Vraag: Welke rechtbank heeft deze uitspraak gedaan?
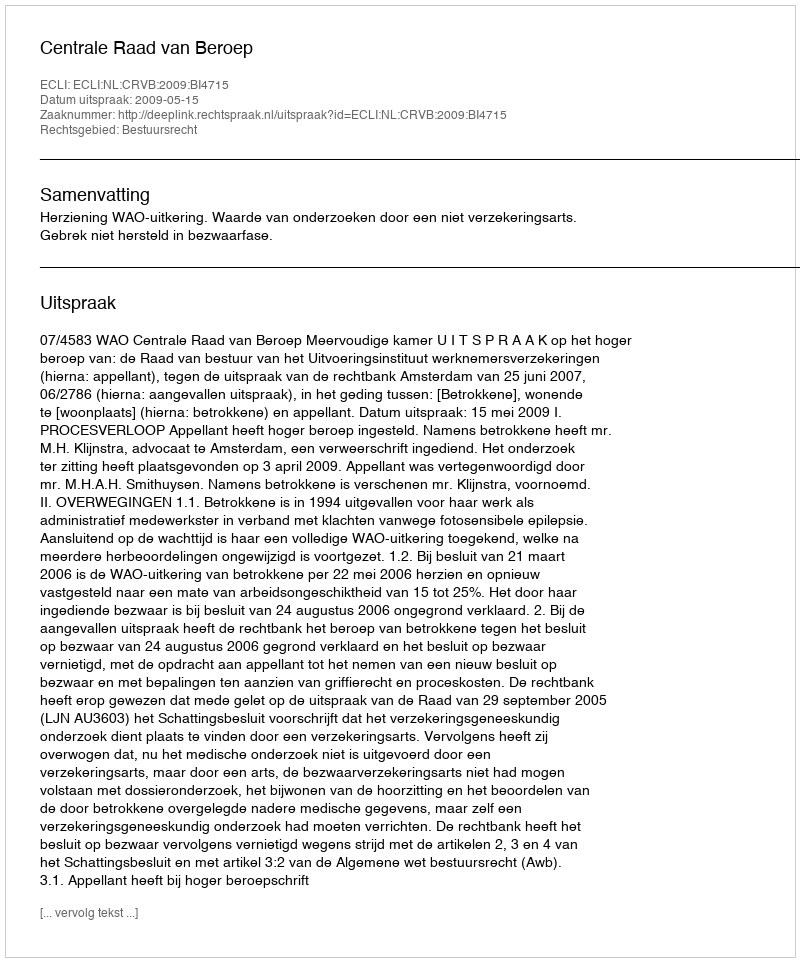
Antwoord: Centrale Raad van Beroep